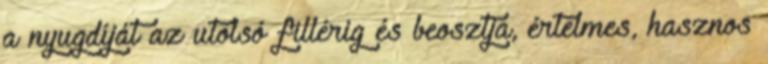
a nyugdíját az utolsó fillérig és beosztja, értelmes, hasznos